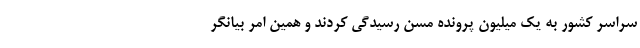
سراسر کشور به یک میلیون پرونده مسن رسیدگی کردند و همین امر بیانگر